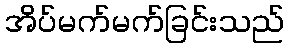
အိပ်မက်မက်ခြင်းသည်